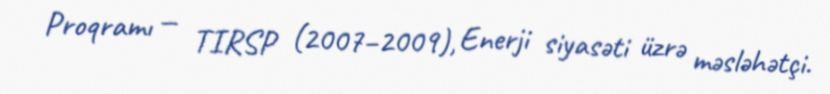
Proqramı — TIRSP (2007–2009), Enerji siyasəti üzrə məsləhətçi.